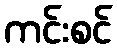
ကင်းစင်